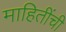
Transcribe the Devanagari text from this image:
माहितींची